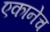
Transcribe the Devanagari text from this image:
एकानेच